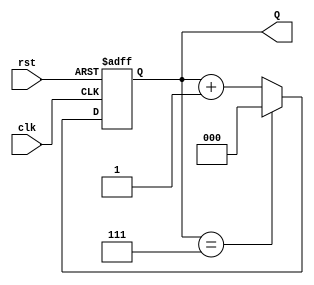
module UpCounterMoore (
    input wire clk,       // Clock input
    input wire rst,       // Asynchronous reset
    output reg [N-1:0] Q  // Counter output
);
    // Parameter to define the size of the counter in bits
    parameter N = 3;      // Change this value for an n-bit counter

    // State transition logic (sequential logic)
    always @(posedge clk or posedge rst) begin
        if (rst) begin
            Q <= 0; // Reset the counter to 0
        end else begin
            if (Q == (1 << N) - 1) begin
                Q <= 0; // Wrap around to 0 if maximum value is reached
            end else begin
                Q <= Q + 1; // Increment the counter
            end
        end
    end
    
endmodule